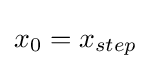
x_{0}=x_{step}